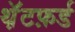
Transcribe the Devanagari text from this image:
थ़ॅटफ़र्ड